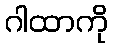
ဂါထာကို